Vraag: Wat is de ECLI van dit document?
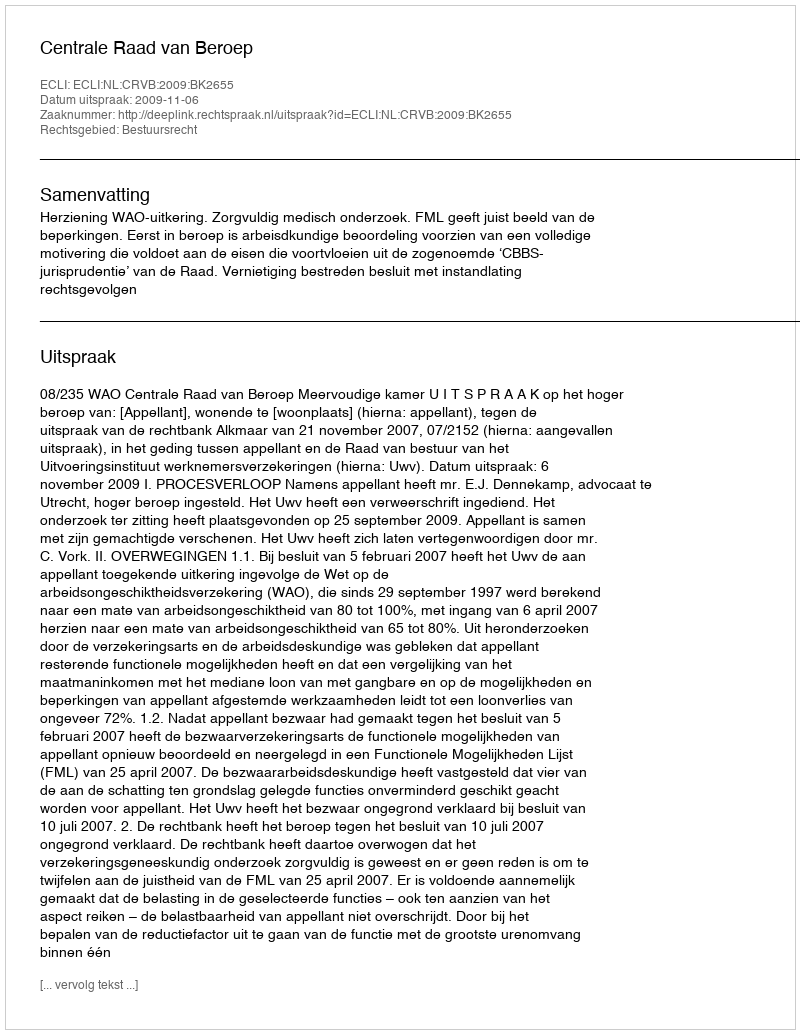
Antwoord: ECLI:NL:CRVB:2009:BK2655